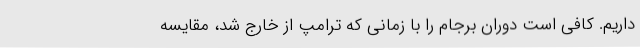
داریم. کافی است دوران برجام را با زمانی که ترامپ از خارج شد، مقایسه